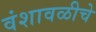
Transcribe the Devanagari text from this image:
वंशावळीचे